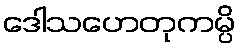
ဒေါသဟေတုကမ္ပိ